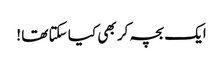
ایک بچہ کر بھی کیا سکتا تھا !